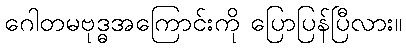
ဂေါတမဗုဒ္ဓအကြောင်းကို ပြောပြန်ပြီလား။